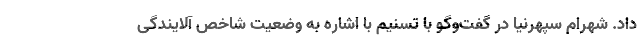
داد. شهرام سپهرنیا در گفت‌وگو با تسنیم با اشاره به وضعیت شاخص آلایندگی